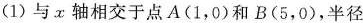
(1)与x轴相交于点A(1，0)和B(5，0)，半径